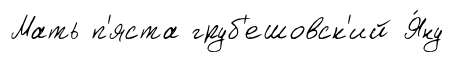
Мать п'яста груб'ешовск'ий Я́ну